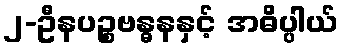
၂-ဦနပဉ္စဗန္ဓနနှင့် အဓိပ္ပါယ်